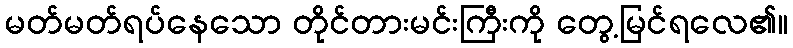
မတ်မတ်ရပ်နေသော တိုင်တားမင်းကြီးကို တွေ့မြင်ရလေ၏။